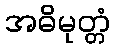
အဓိမုတ္တံ